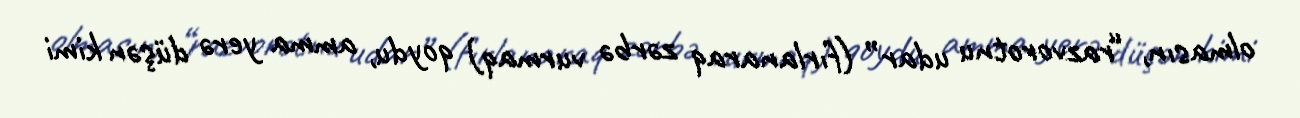
olmasın, “razvorotnu udar” (fırlanaraq zərbə vurmaq) qoydu, amma yerə düşən kimi